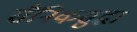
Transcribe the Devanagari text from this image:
सैनिकसुद्धा